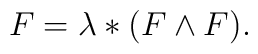
F = \lambda *(F \wedge F).